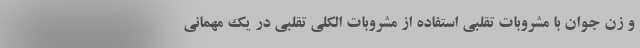
و زن جوان با مشروبات تقلبی استفاده از مشروبات الکلی تقلبی در یک مهمانی